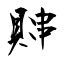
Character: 賗